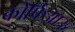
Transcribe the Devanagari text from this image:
कोफिआऊ